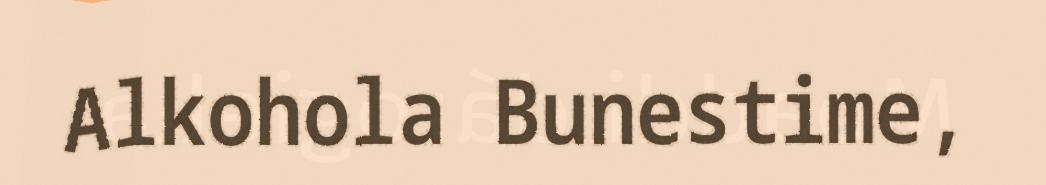
Alkohola Bunestime,